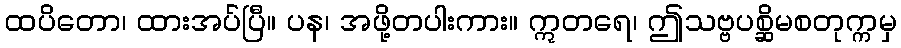
ထပိတော၊ ထားအပ်ပြီ။ ပန၊ အဖို့တပါးကား။ ဣတရေ၊ ဤသဗ္ဗပစ္ဆိမစတုက္ကမှ